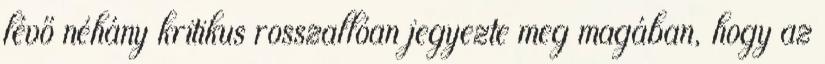
lévő néhány kritikus rosszallóan jegyezte meg magában, hogy az